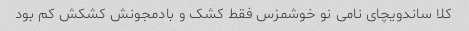
کلا ساندویچای نامی نو خوشمزس فقط کشک و بادمجونش کشکش کم بود